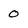
Character: 0